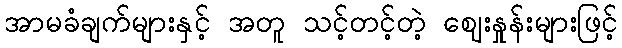
အာမခံချက်များနှင့် အတူ သင့်တင့်တဲ့ ဈေးနှုန်းများဖြင့်